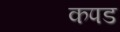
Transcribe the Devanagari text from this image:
कपड